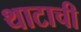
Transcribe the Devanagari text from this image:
थाटाची